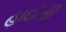
હાઈતી